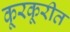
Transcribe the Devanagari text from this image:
कूरकूरीत